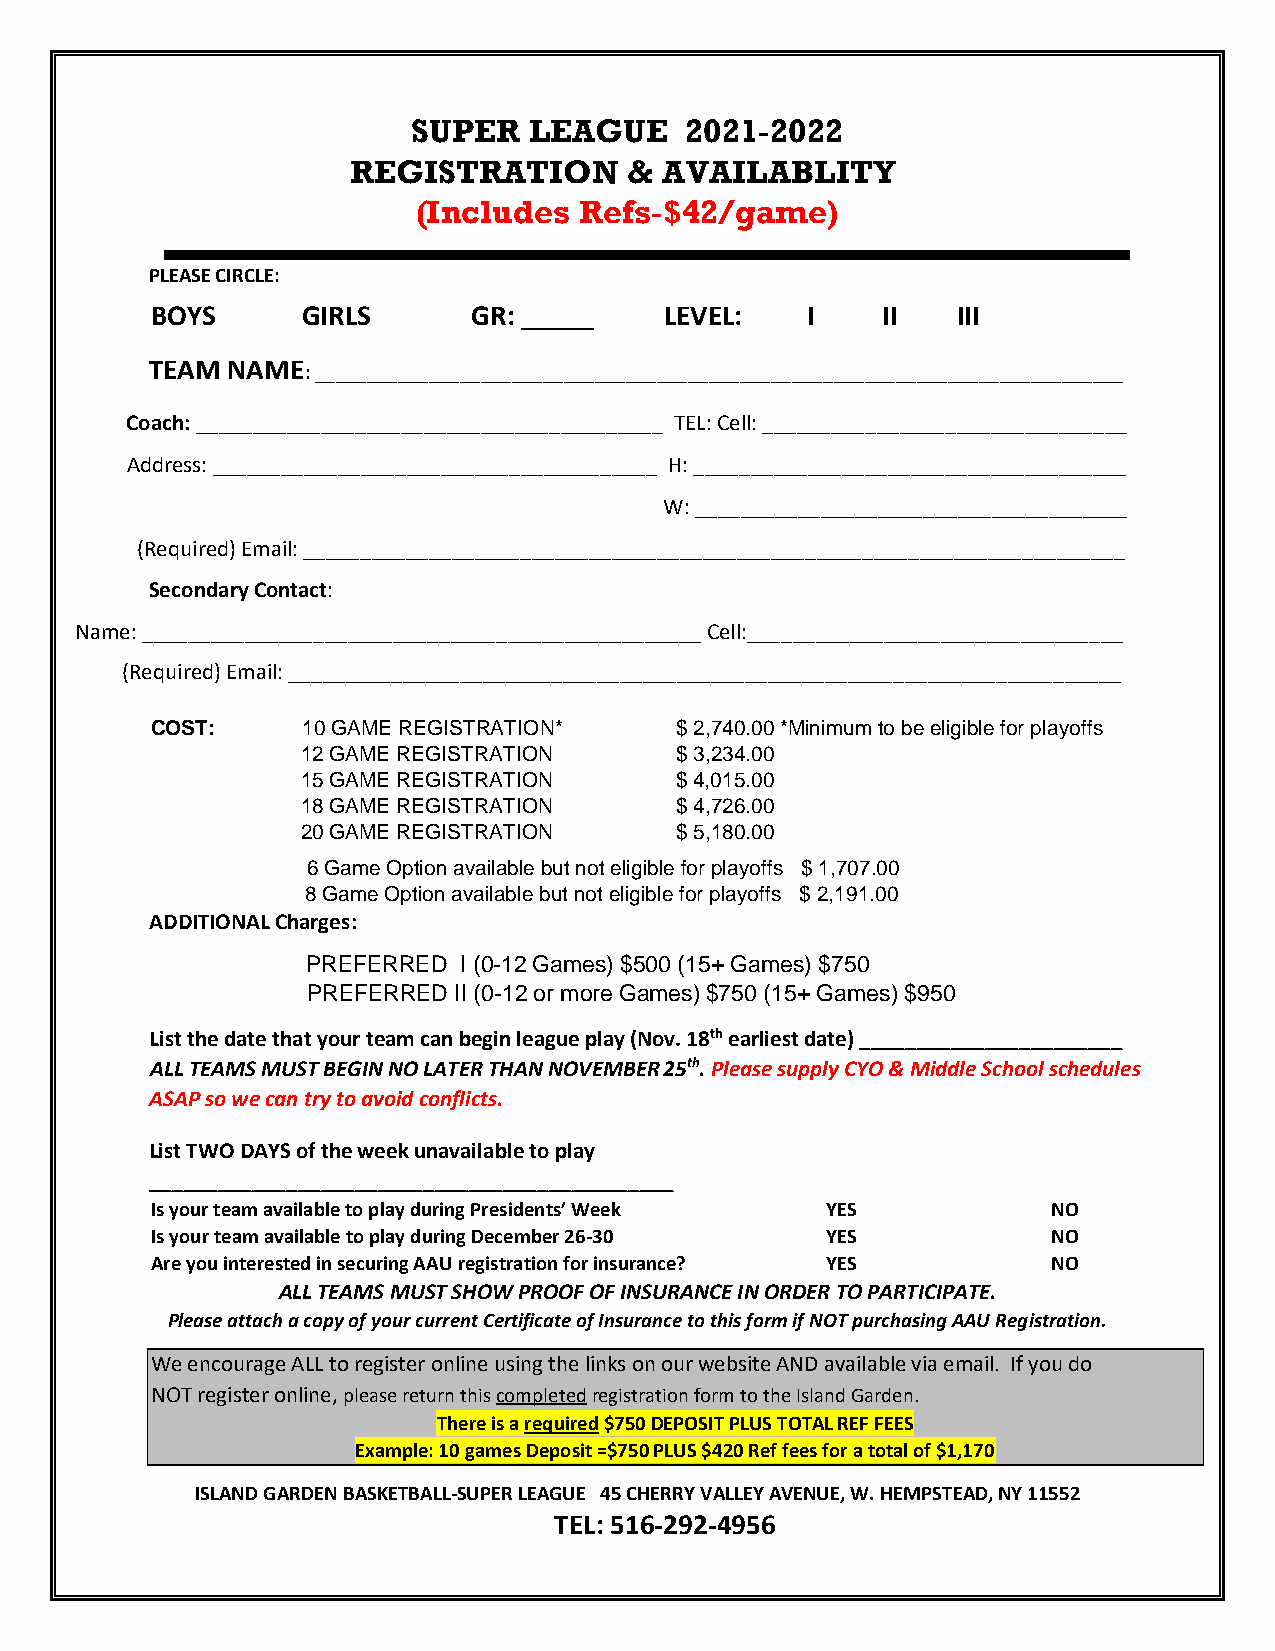
SUPER   LEAGUE    2021-2022
 REGISTRATION       & AVAILABLITY
 (Includes Refs-$42/game)
 PLEASE CIRCLE:
 BOYS      GIRLS      GR: _____    LEVEL:   I    II   III
 TEAM NAME
 : ______________________________________________________________________________
 Coach: _________________________________________ TEL: Cell: ________________________________
 Address: _______________________________________ H: ______________________________________
 W: ______________________________________
 (Required) Email: ________________________________________________________________________
 Secondary Contact:
 Name: _________________________________________________ Cell:_________________________________
 (Required) Email: _________________________________________________________________________
 COST:     10 GAME REGISTRATION*    $ 2,740.00 *Minimum to be eligible for playoffs
 12 GAME REGISTRATION     $ 3,234.00
 15 GAME REGISTRATION     $ 4,015.00
 18 GAME REGISTRATION     $ 4,726.00
 20 GAME REGISTRATION     $ 5,180.00
 6 Game Option available but not eligible for playoffs $ 1,707.00
 8 Game Option available but not eligible for playoffs $ 2,191.00
 ADDITIONAL Charges:
 PREFERRED I (0-12 Games) $500 (15+ Games) $750
 PREFERRED II (0-12 or more Games) $750 (15+ Games) $950
 List the date that your team can begin league play (Nov. 18th earliest date) _______________________
 ALL TEAMS MUST BEGIN NO LATER THAN NOVEMBER 25th. Please supply CYO & Middle School schedules
 ASAP so we can try to avoid conflicts.
 List TWO DAYS of the week unavailable to play
 ______________________________________________
 Is your team available to play during Presidents’ Week YES  NO
 Is your team available to play during December 26-30 YES    NO
 Are you interested in securing AAU registration for insurance? YES NO
 ALL TEAMS MUST SHOW PROOF OF INSURANCE IN ORDER TO PARTICIPATE.
 Please attach a copy of your current Certificate of Insurance to this form if NOT purchasing AAU Registration.
 We encourage ALL to register online using the links on our website AND available via email. If you do
 NOT register online, please return this completed registration form to the Island Garden.
 There is a required $750 DEPOSIT PLUS TOTAL REF FEES
 Example: 10 games Deposit =$750 PLUS $420 Ref fees for a total of $1,170
 ISLAND GARDEN BASKETBALL-SUPER LEAGUE 45 CHERRY VALLEY AVENUE, W. HEMPSTEAD, NY 11552
 TEL: 516-292-4956